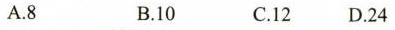
A. 8 B.10 C.12 D.24